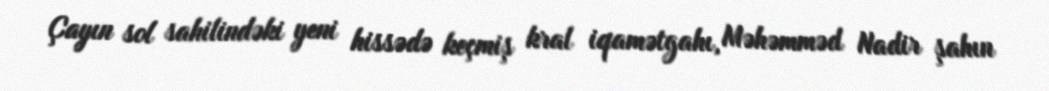
Çayın sol sahilindəki yeni hissədə keçmiş kral iqamətgahı, Məhəmməd Nadir şahın